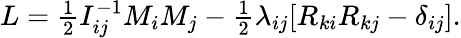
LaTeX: \begin{array}{r}{L=\frac 12I_{ij}^{-1}M_{i}M_{j}-\frac 12\lambda_{ij}[R_{ki}R_{kj}-\delta_{ij}].}\end{array}